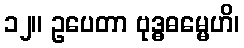
၁၂။ ဥပေတာ ဗုဒ္ဓဓမ္မေဟိ၊